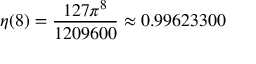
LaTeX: \eta ( 8 ) = { \frac { 1 2 7 \pi ^ { 8 } } { 1 2 0 9 6 0 0 } } \approx 0 . 9 9 6 2 3 3 0 0